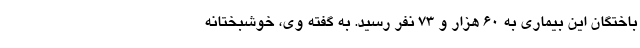
باختگان این بیماری به ۶۰ هزار و ۷۳ نفر رسید. به گفته وی، خوشبختانه